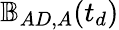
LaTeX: \mathbb{B}_{AD,A}(t_{d})